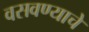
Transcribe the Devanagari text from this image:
वसवण्याचे